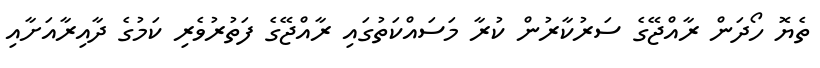
ތެޔޮ ހޯދަން ރާއްޖޭގެ ސަރުކާރުން ކުރާ މަސައްކަތުގައި ރާއްޖޭގެ ފަތުރުވެރި ކަމުގެ ދާއިރާއަށާއި